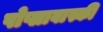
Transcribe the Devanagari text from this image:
पोप्लावास्की